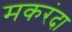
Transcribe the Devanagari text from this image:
मकरंदा